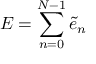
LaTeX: E = \sum _ { n = 0 } ^ { N - 1 } \tilde { e } _ { n }